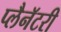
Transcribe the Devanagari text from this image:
प्लैनॅटरी